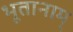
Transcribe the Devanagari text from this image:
भूतानाम्